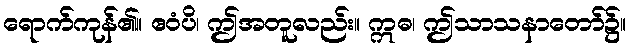
ရောက်ကုန်၏။ ဧဝံပိ၊ ဤအတူလည်း။ ဣဓ၊ ဤသာသနာတော်၌။